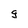
Character: g